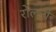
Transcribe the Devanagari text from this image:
रोल्ली